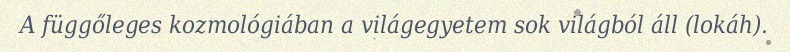
A függőleges kozmológiában a világegyetem sok világból áll (lokáh).